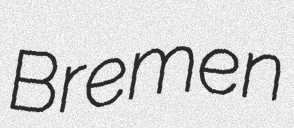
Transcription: Bremen